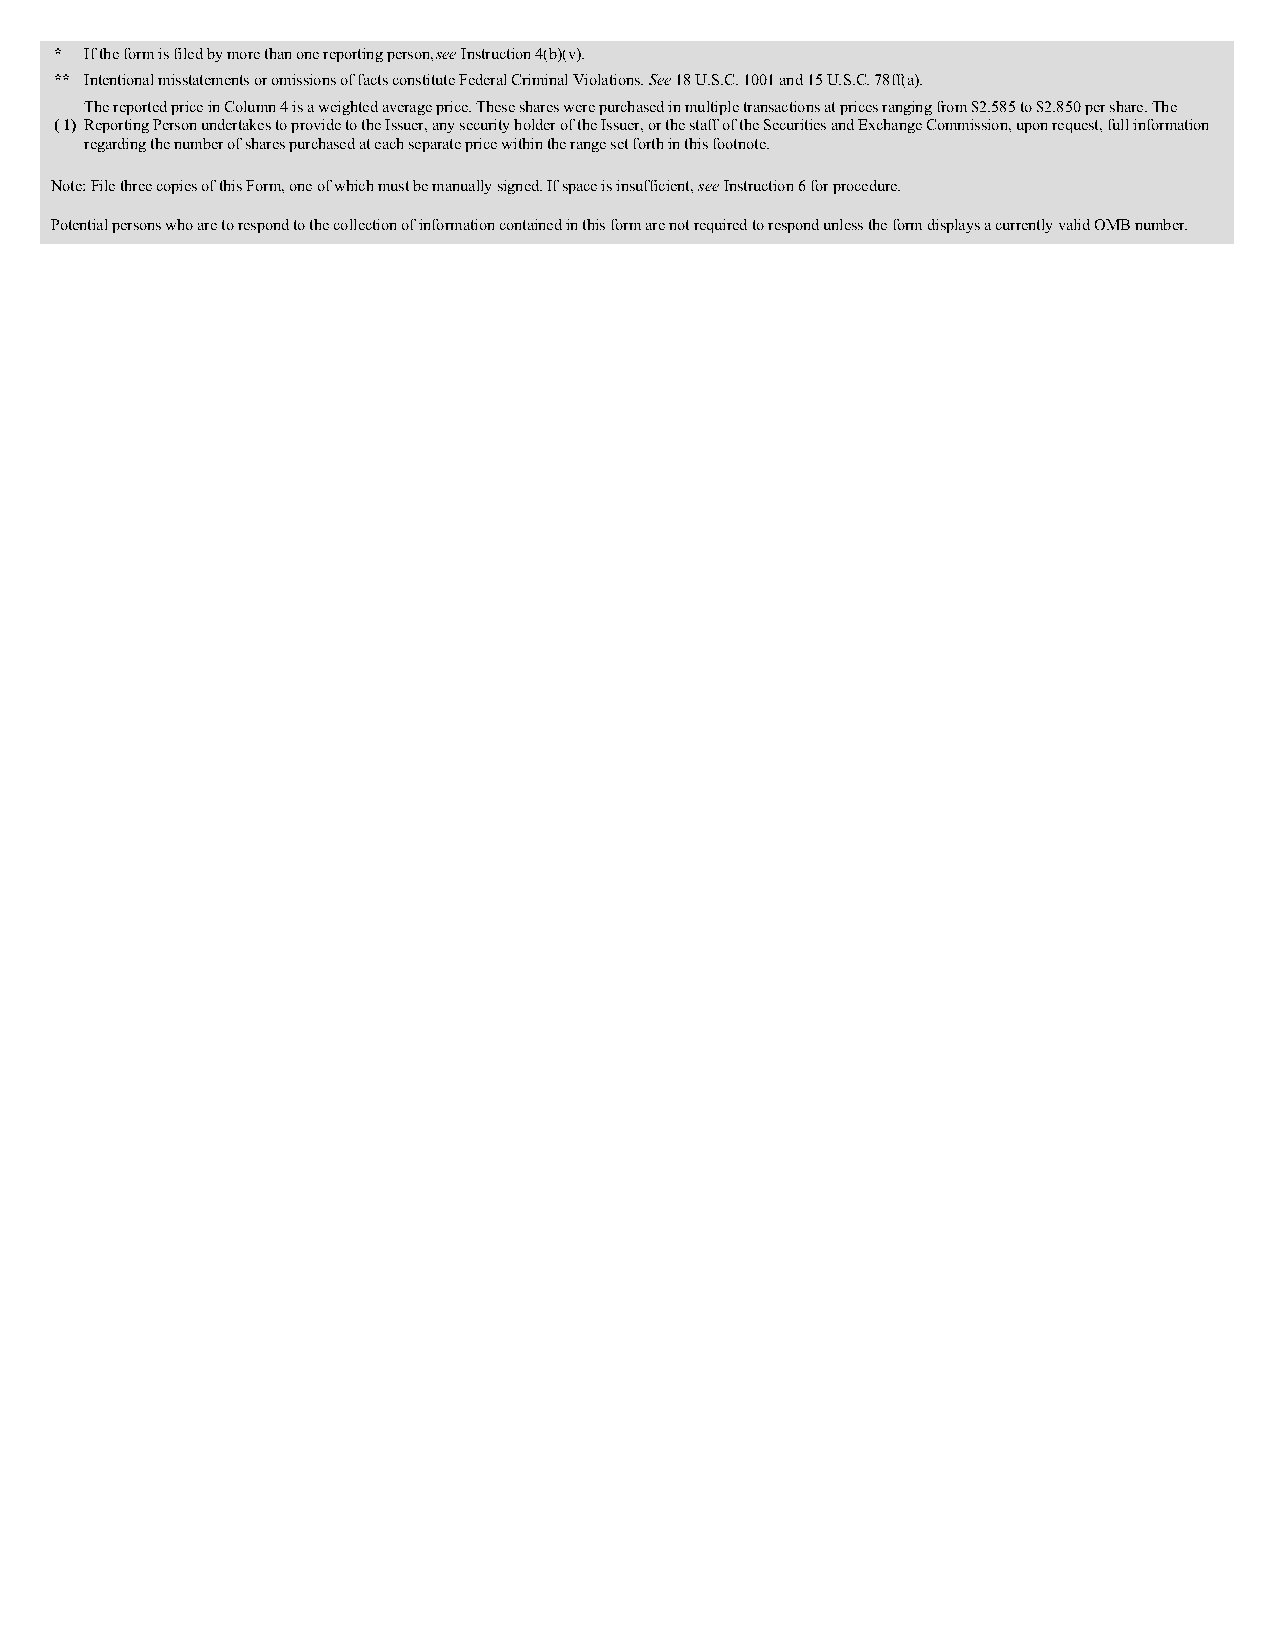
* If the form is filed by more than one reporting person, see Instruction 4(b)(v).
 ** Intentional misstatements or omissions of facts constitute Federal Criminal Violations. See 18 U.S.C. 1001 and 15 U.S.C. 78ff(a).
 The reported price in Column 4 is a weighted average price. These shares were purchased in multiple transactions at prices ranging from $2.585 to $2.850 per share. The
 ( 1) Reporting Person undertakes to provide to the Issuer, any security holder of the Issuer, or the staff of the Securities and Exchange Commission, upon request, full information
 regarding the number of shares purchased at each separate price within the range set forth in this footnote.
 Note: File three copies of this Form, one of which must be manually signed. If space is insufficient, see Instruction 6 for procedure.
 Potential persons who are to respond to the collection of information contained in this form are not required to respond unless the form displays a currently valid OMB number.